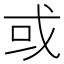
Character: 或